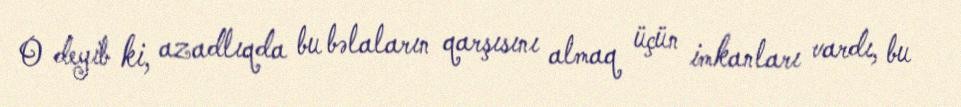
O deyib ki, azadlıqda bu bəlaların qarşısını almaq üçün imkanları vardı, bu